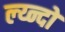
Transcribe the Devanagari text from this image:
ल्य्न्दों